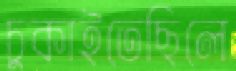
চুকাইতেছিলে